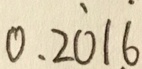
0 . 2 \dot { 0 } 1 \dot { 6 }